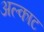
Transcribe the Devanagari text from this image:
अल्काट